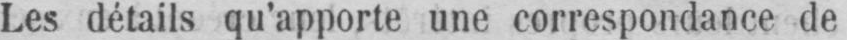
Les détails qu’apporte une correspondance de